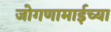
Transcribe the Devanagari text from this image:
जोगणामाईच्या